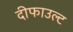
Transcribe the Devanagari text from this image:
दीफाउल्ट